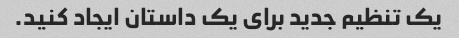
یک تنظیم جدید برای یک داستان ایجاد کنید.